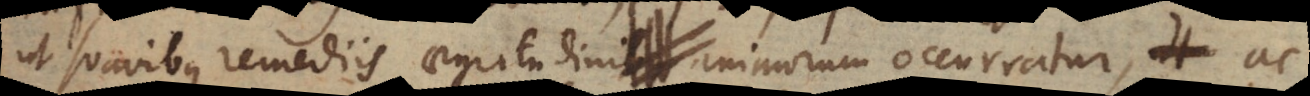
ut suavibus remediis aegritudini animorum occurratur, ac